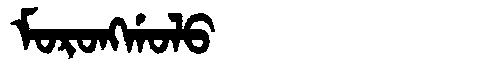
Manchu: ᠮᠣᡵᠣᠩᡤᠣᠯᠣ
Romanization: MORONGGOLO